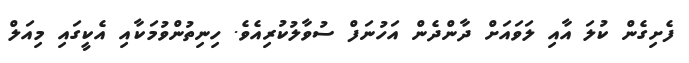
ފެށިގެން ކުލަ އާއި ލަވައަށް ދާންދެން އަހުނަފް ސުވާލުކުރިއެވެ. ހިނިތުންވުމަކާއި އެކީގައި މިއަލް